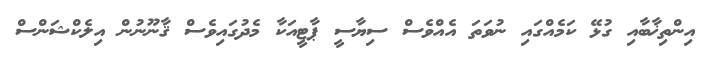
އިންތިޚާބާއި ގުޅޭ ކަމެއްގައި ނުވަތަ އެއްވެސް ސިޔާސީ ޕާޓީއަކާ މެދުގައިވެސް ޤާނޫނުން އިލެކްޝަންސް